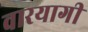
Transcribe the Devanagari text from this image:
वारयागी